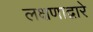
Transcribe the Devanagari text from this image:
लक्षणाद्वारे